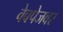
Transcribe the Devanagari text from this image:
वेबपेजवर